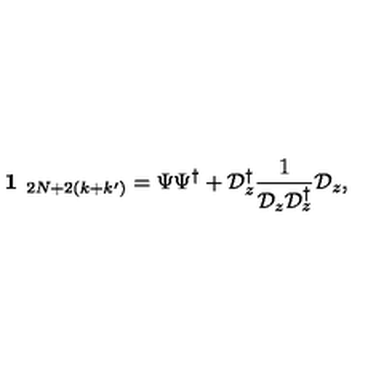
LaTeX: \textbf { 1 } _ { 2 N + 2 ( k + k ^ { \prime } ) } = \Psi \Psi ^ { \dagger } + \mathcal { D } _ { z } ^ { \dagger } \frac { 1 } { \mathcal { D } _ { z } \mathcal { D } _ { z } ^ { \dagger } } \mathcal { D } _ { z } ,